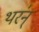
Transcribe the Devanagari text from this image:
थर॑न्